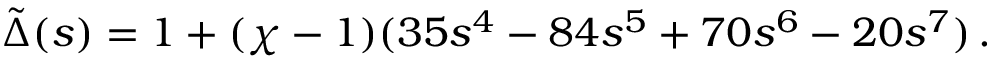
\tilde { \Delta } ( s ) = 1 + ( \chi - 1 ) ( 3 5 s ^ { 4 } - 8 4 s ^ { 5 } + 7 0 s ^ { 6 } - 2 0 s ^ { 7 } ) \, .